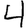
Digit: 4